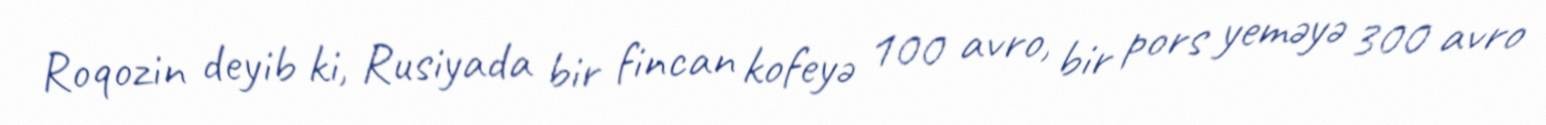
Roqozin deyib ki, Rusiyada bir fincan kofeyə 100 avro, bir pors yeməyə 300 avro